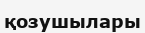
қозушылары